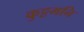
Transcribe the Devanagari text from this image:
कुट्टमनि